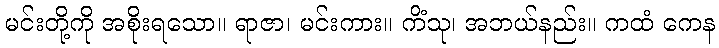
မင်းတို့ကို အစိုးရသော။ ရာဇာ၊ မင်းကား။ ကိံသု၊ အဘယ်နည်း။ ကထံ ကေန